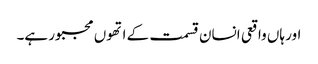
اور ہاں واقعی انسان قسمت کے اتھوں مجبور ہے۔